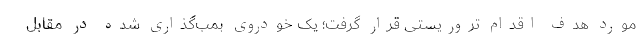
مورد هدف اقدام تروریستی قرار گرفت؛ یک خودروی بمب‌گذاری شده در مقابل